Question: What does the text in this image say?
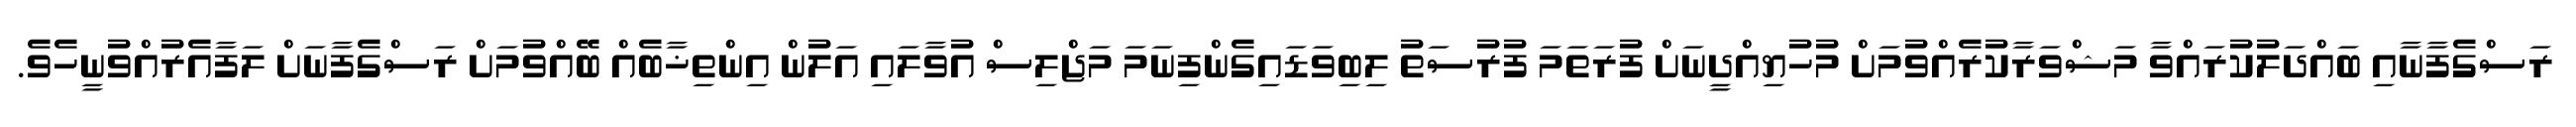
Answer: ރަސްގެފާނާއި ބައްދަލުކުރައްވާ މަޝްވަރާކުރެއްވުމަށް މުހުޔިއްދީނަށް ފުރަތަމަ ފުރުސަތު ލިބިވަޑައިގެންފިނަމަ މަޖްލިސް އުވާލައި އަލުން އިންތިޚާބެއް ބޭއްވުމަށް ރަސްގެފާނަށް ލަފާއެރުއްވުނީހެވެ.